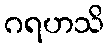
ဂရဟသိ